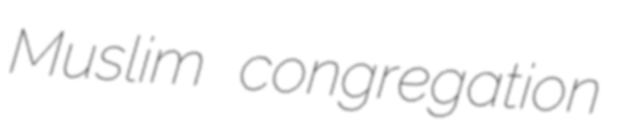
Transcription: Muslim congregation